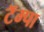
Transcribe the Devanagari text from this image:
टॅम्पा